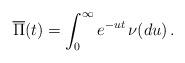
LaTeX: \begin{align*}\overline{\Pi}(t)=\int_0^\infty e^{-ut}\,\nu(du)\,.\end{align*}